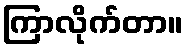
ကြာလိုက်တာ။